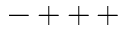
- + + \, +